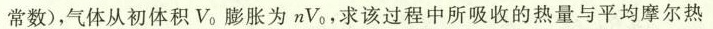
常数)，气体从初体积V_{0}膨胀为nV_{0}，求该过程中所吸收的热量与平均摩尔热